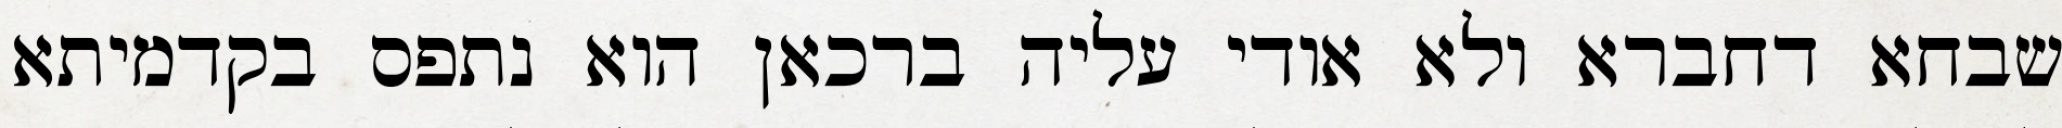
שבחא דחברא ולא אודי עליה ברכאן הוא נתפס בקדמיתא